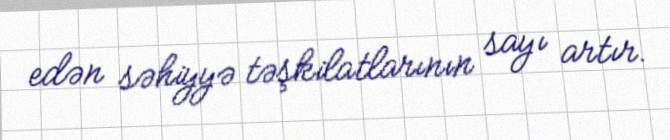
edən səhiyyə təşkilatlarının sayı artır.